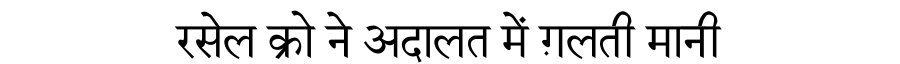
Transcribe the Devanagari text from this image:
रसेल क्रो ने अदालत में ग़लती मानी